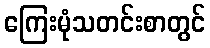
ကြေးမုံသတင်းစာတွင်